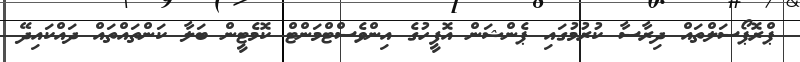
ޕްރޮޕޯސަލްތައް ދިރާސާ ކުރުމުގައި ޕެންޝަން އޮފީހުގެ އިންވެސްޓްމަންޓް ކޮމެޓީން ބަލާ ކަންތައްތައް ދައްކައިދޭ